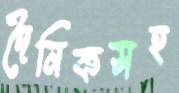
দৈনিকসহ